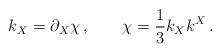
LaTeX: \begin{align*}k_X=\partial _X \chi \,,\qquad \chi =\frac 13 k_Xk^X\,. \end{align*}